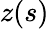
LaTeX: z(s)